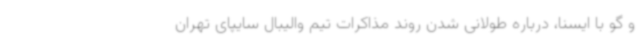
و گو با ایسنا، درباره طولانی شدن روند مذاکرات تیم والیبال سایپای تهران